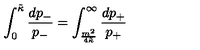
\int _ { 0 } ^ { \tilde { \kappa } } \frac { d p _ { - } } { p _ { - } } = \int _ { \frac { m ^ { 2 } } { 4 \tilde { \kappa } } } ^ { \infty } \frac { d p _ { + } } { p _ { + } }